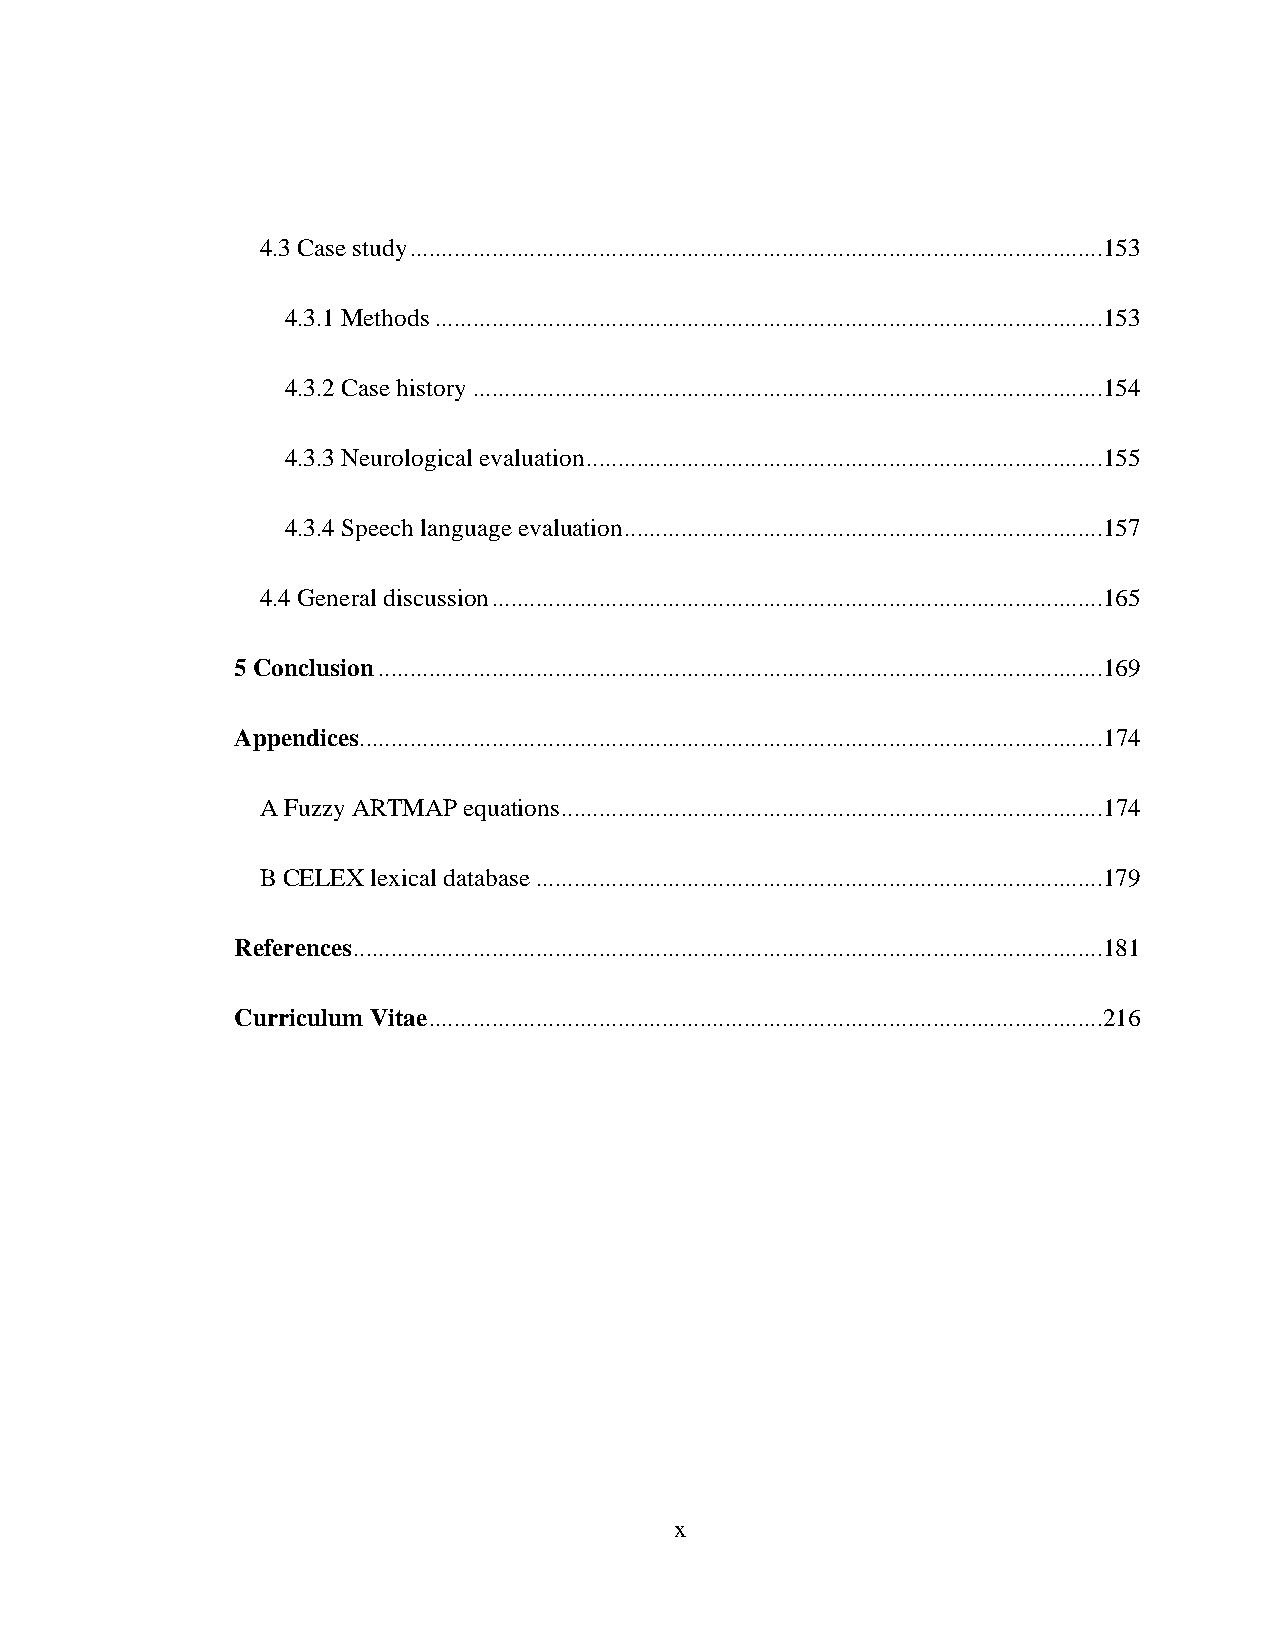
4.3 Case study .............................................................................................................. 153
 4.3.1 Methods .......................................................................................................... 153
 4.3.2 Case history .................................................................................................... 154
 4.3.3 Neurological evaluation .................................................................................. 155
 4.3.4 Speech language evaluation ............................................................................ 157
 4.4 General discussion ................................................................................................. 165
 5 Conclusion ................................................................................................................... 169
 Appendices ...................................................................................................................... 174
 A Fuzzy ARTMAP equations ...................................................................................... 174
 B CELEX lexical database .......................................................................................... 179
 References ....................................................................................................................... 181
 Curriculum Vitae ........................................................................................................... 216
 x